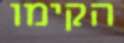
הקימו